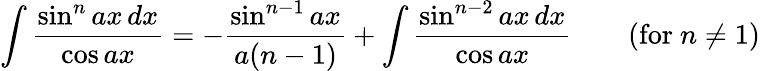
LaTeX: \int{\frac{\sin^{n}ax\, dx}{\cos ax}}=-{\frac{\sin^{n-1}ax}{a(n-1)}}+\int{\frac{\sin^{n-2}ax\, dx}{\cos ax}}\qquad{\mathrm{(for~}}n\neq 1{\mathrm{)}}